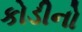
કોડીનો